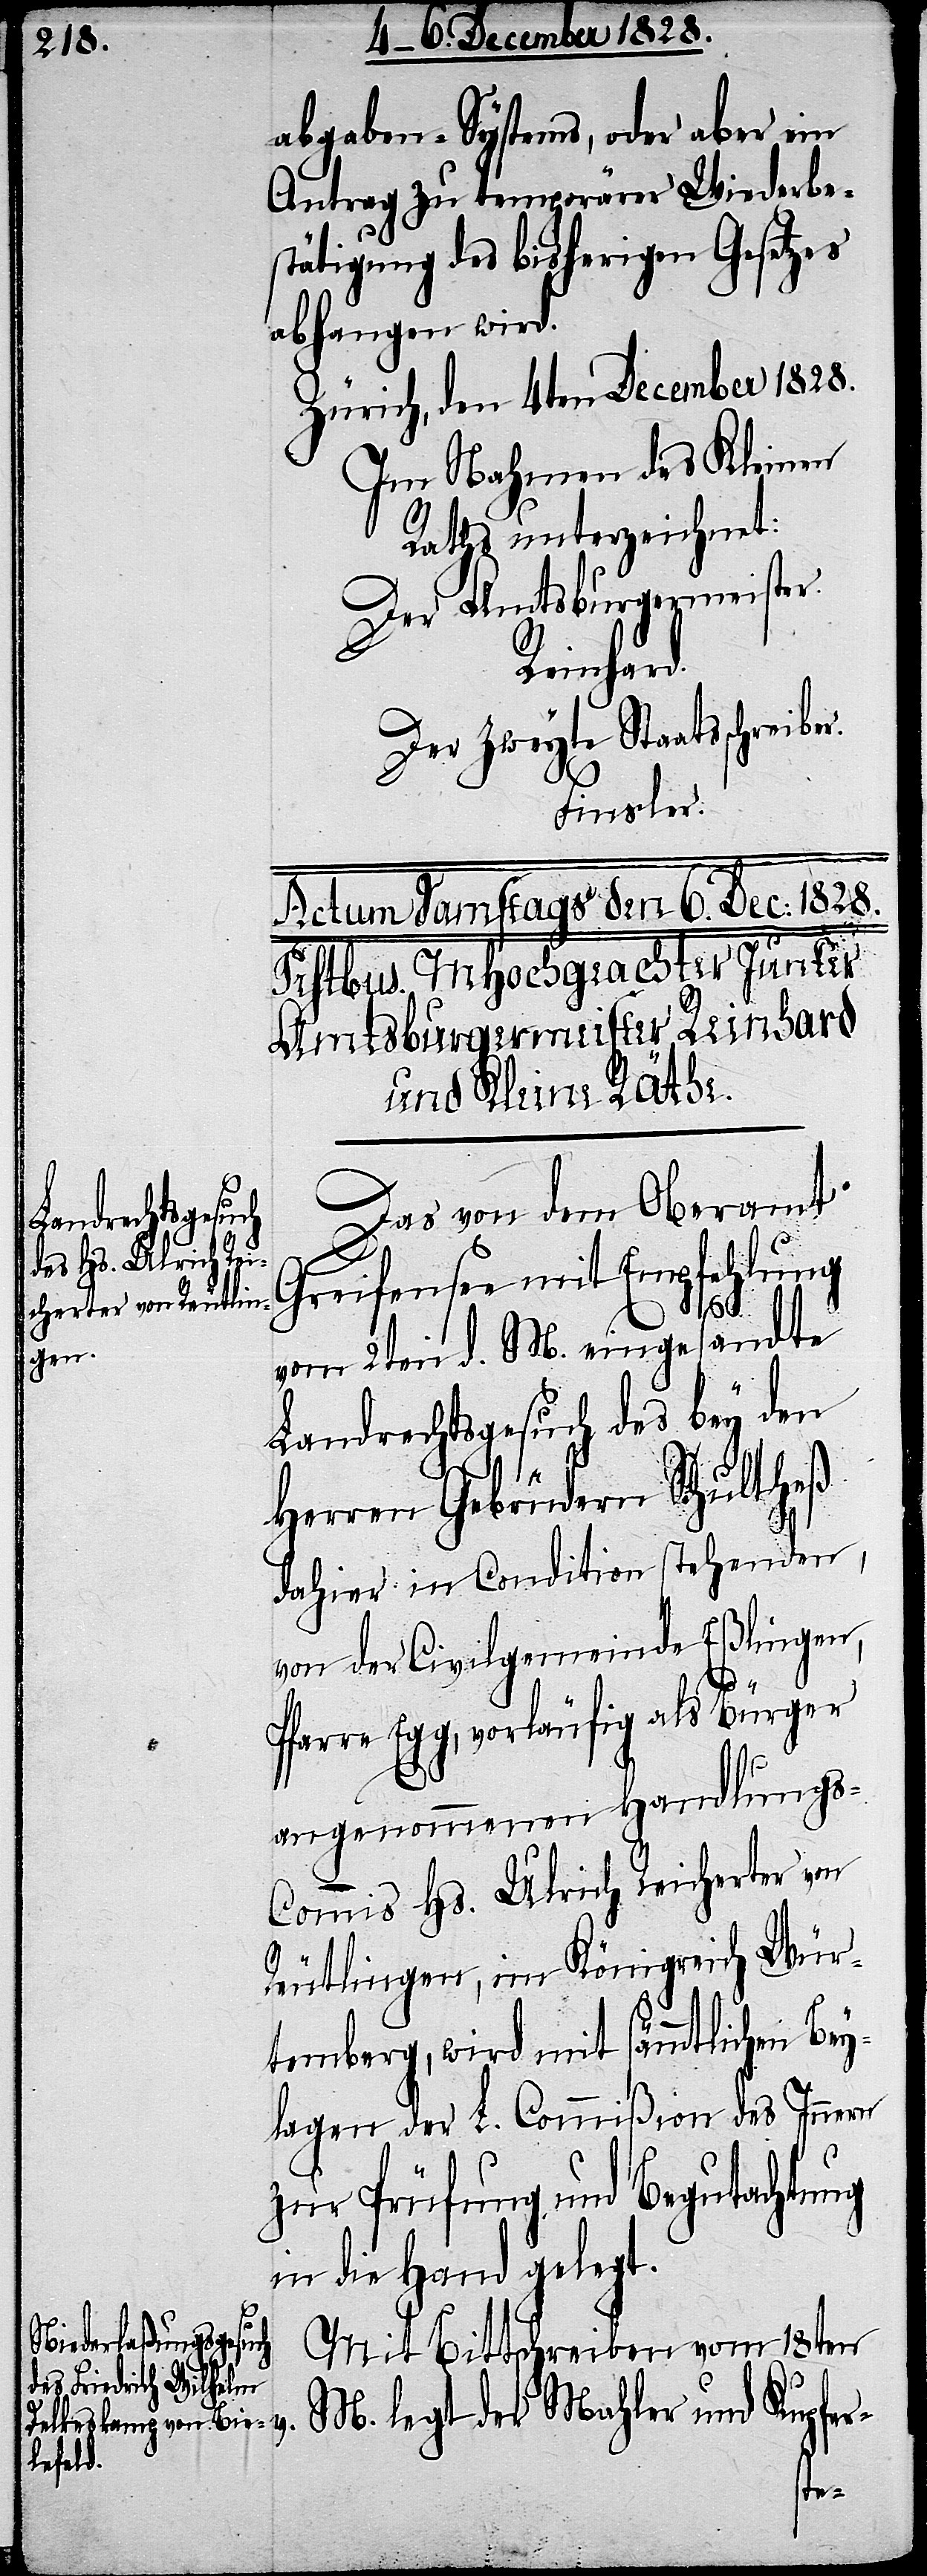
abgaben-Systems, oder aber ein
Antrag zu temporärer Wiederbes¬
tätigung des bisherigen Gesetzes
abhangen wird.
Zürich, den 4ten December 1828.
Im Nahmen des Kleinen
Raths unterzeichnet:
Der Amtsburgermeister.
Reinhard.
Der Zweyte Staatsschreibe¬
Finsler.
Das von dem Oberamt
Greifensee mit Empfehlung
vom 2ten d. M. eingesandte
Landrechtsgesuch des bey den
Herren Gebrüdern Schultheß
dahier in Condition stehenden
von der Civilgemeinde Eßlingen,
Pfarre Egg, vorläufig als Bürger
v.
angenommenen Handlungs-C¬
ommis Hs. Ulrich Reicherter von
Reutlingen, im Königreich Wür¬
temberg, wird mit sämmtlichen Bey¬
lagen der L. Commißion des Innern
zur Prüfung und Begutachtung
in die Hand gelegt.
Mit Bittschreiben vom 18ten
M. legt der Mahler und Kupfer-